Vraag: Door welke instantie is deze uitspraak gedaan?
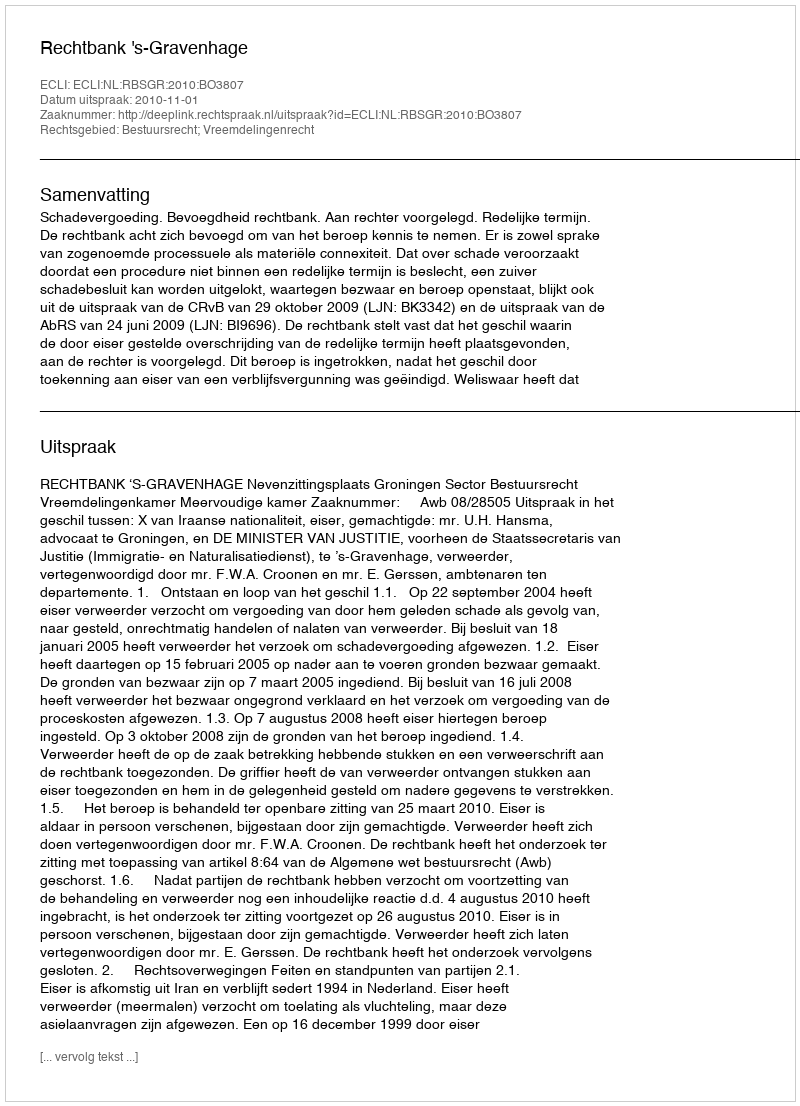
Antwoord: Rechtbank 's-Gravenhage